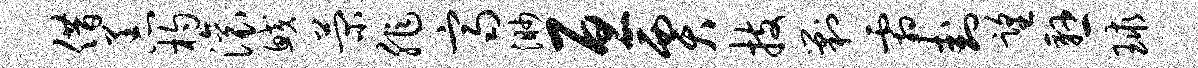
借恙杓滚鲛菊非齐渺亘贾技剿霜卦望悬球